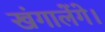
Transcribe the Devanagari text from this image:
खंगालेंगे।